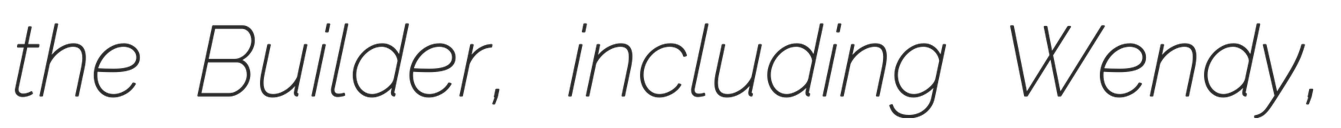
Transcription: the Builder, including Wendy,